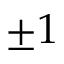
\pm 1